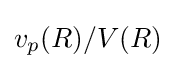
v_{p}(R)/V(R)